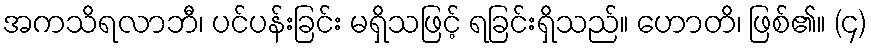
အကသိရလာဘီ၊ ပင်ပန်းခြင်း မရှိသဖြင့် ရခြင်းရှိသည်။ ဟောတိ၊ ဖြစ်၏။ (၄)